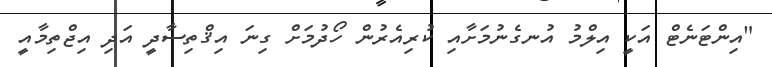
"އިންޓަނެޓް އަކީ އިލްމު އުނގެނުމަށާއި ކުރިއެރުން ހޯދުމަށް ގިނަ އިޤްތިސާދީ އަދި އިޖްތިމާއީ